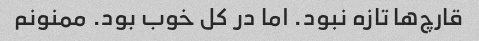
قارچ‌ها تازه نبود. اما در کل خوب بود. ممنونم